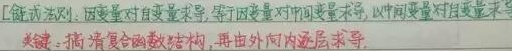
链式法则：因变量对自变量求导，等于因变量对中间变量求导，以中间变量对自变量求导。关键：搞清复合函数结构，再由外向内逐层求导。